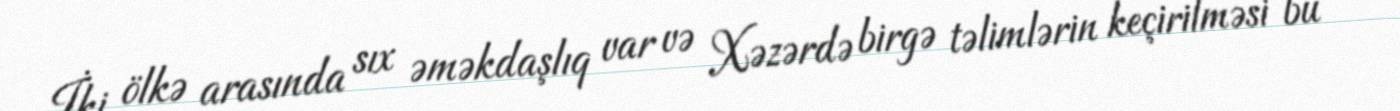
İki ölkə arasında sıx əməkdaşlıq var və Xəzərdə birgə təlimlərin keçirilməsi bu